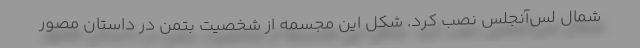
شمال لس‌آنجلس نصب کرد. شکل این مجسمه از شخصیت بتمن در داستان مصور